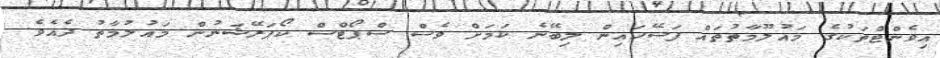
އިވެންޓްތަކުގެ މައުލޫމާތުތައް ފަސޭހައިން ލިބޭނެ ކަމަށް ވެސް ސްޕޯޓްސް ކޯޕަރޭޝަނުން މައުލުމާތު ދެއެވެ.